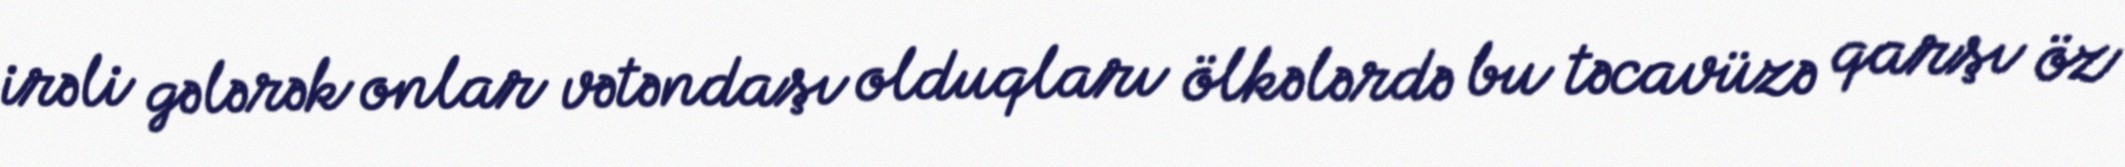
irəli gələrək onlar vətəndaşı olduqları ölkələrdə bu təcavüzə qarşı öz